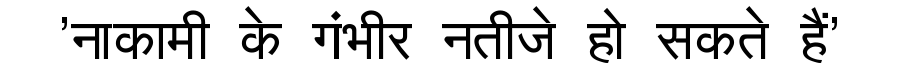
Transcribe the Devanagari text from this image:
'नाकामी के गंभीर नतीजे हो सकते हैं'